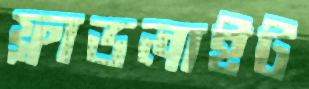
ফ্লাডলাইট